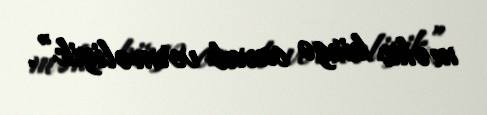
məhz birgə cavab verməliyik”.